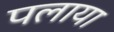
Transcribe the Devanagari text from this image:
पलाया